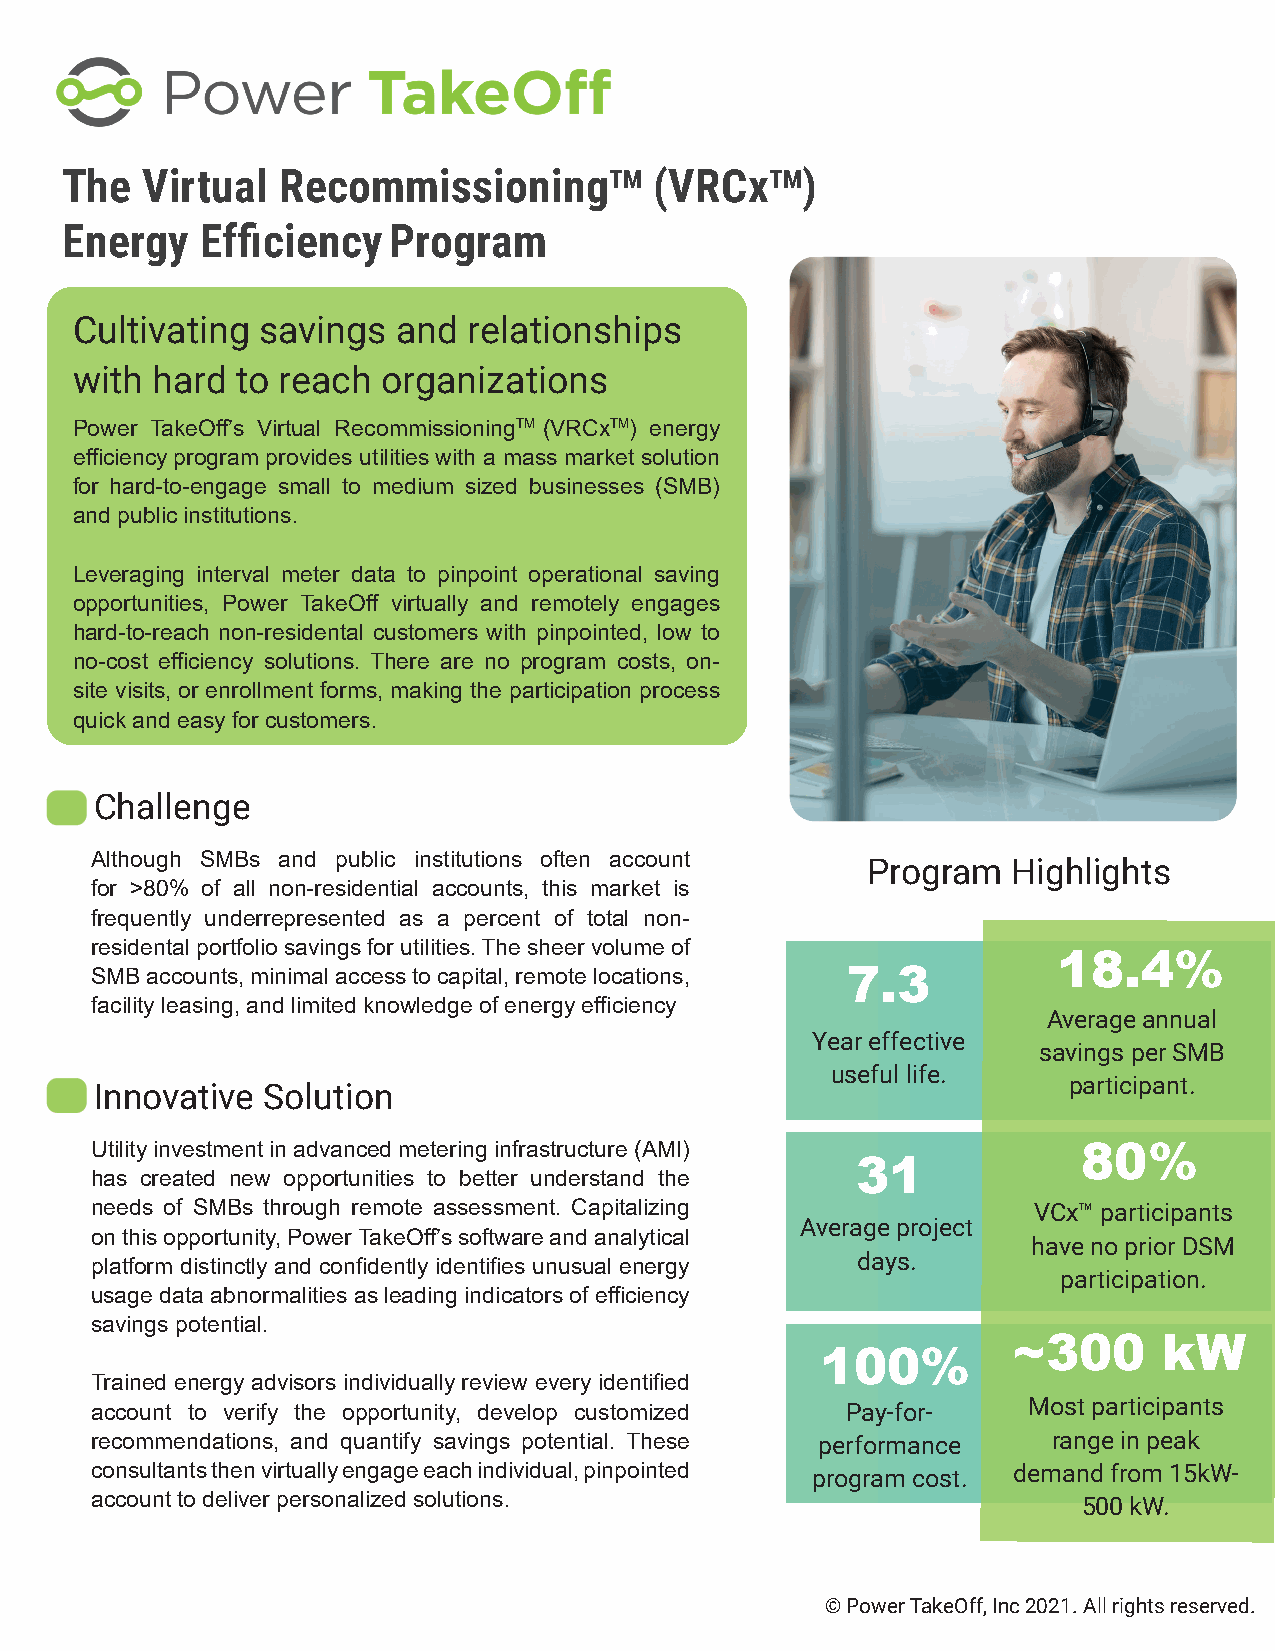
The  Virtual  RecommissioningTM        (VRCxTM)
 Energy   Efficiency   Program
 Cultivating savings  and  relationships
 with hard  to reach organizations
 Power TakeOff’s Virtual RecommissioningTM (VRCxTM) energy
 efficiency program provides utilities with a mass market solution
 for hard-to-engage small to medium sized businesses (SMB)
 and public institutions.
 Leveraging interval meter data to pinpoint operational saving
 opportunities, Power TakeOff virtually and remotely engages
 hard-to-reach non-residental customers with pinpointed, low to
 no-cost efficiency solutions. There are no program costs, on-
 site visits, or enrollment forms, making the participation process
 quick and easy for customers.
 Challenge
 Although SMBs and public institutions often account
 Program   Highlights
 for >80% of all non-residential accounts, this market is
 frequently underrepresented as a percent of total non-
 residental portfolio savings for utilities. The sheer volume of
 18.4%
 SMB accounts, minimal access to capital, remote locations, 7.3
 facility leasing, and limited knowledge of energy efficiency
 Average annual
 Year effective
 savings per SMB
 useful life.
 participant.
 Innovative Solution
 Utility investment in advanced metering infrastructure (AMI)      80%
 31
 has created new opportunities to better understand the
 needs of SMBs through remote assessment. Capitalizing         VCx™ participants
 Average project
 on this opportunity, Power TakeOff’s software and analytical
 have no prior DSM
 days.
 platform distinctly and confidently identifies unusual energy
 participation.
 usage data abnormalities as leading indicators of efficiency
 savings potential.
 ~300      kW
 100%
 Trained energy advisors individually review every identified
 account to verify the opportunity, develop customized Pay-for- Most participants
 recommendations, and quantify savings potential. These performance range in peak
 consultants then virtually engage each individual, pinpointed program cost. demand from 15kW-
 account to deliver personalized solutions.                        500 kW.
 © Power TakeOff, Inc 2021. All rights reserved.